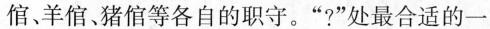
倌、羊倌、猪倌等各自的职守。”?”处最合适的一